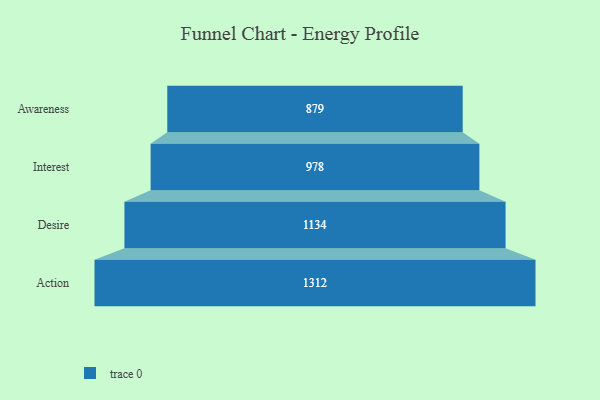
{"axis": {"x": "Stage", "y": "Value"}, "legend": [""], "data": [{"x": "Awareness", "y": 879.0, "type": ""}, {"x": "Interest", "y": 978.0, "type": ""}, {"x": "Desire", "y": 1134.0, "type": ""}, {"x": "Action", "y": 1312.0, "type": ""}]}